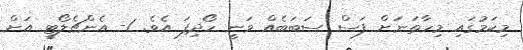
މިކަމުގައި މިހާތަނަށް ފަސް ސަބަބެއް ވަނީ ހޯދިފަ އެވެ. 1- އެންޗެލޯޓީ އަށް